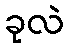
ခုလဲ